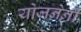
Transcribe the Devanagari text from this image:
योजनेनी